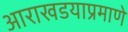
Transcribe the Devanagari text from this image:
आराखडयाप्रमाणे